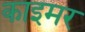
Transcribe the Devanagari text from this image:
काइमर